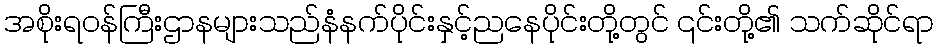
အစိုးရဝန်ကြီးဌာနများသည်နံနက်ပိုင်းနှင့်ညနေပိုင်းတို့တွင် ၎င်းတို့၏ သက်ဆိုင်ရာ